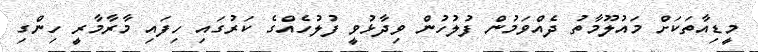
މީޑިއާތަކަށް މައުލޫމާތު ދެއްވަމުން ފުލުހުން ވިދާޅުވީ ފުލުހެއްގެ ކަރުގައި ހިފައި މާރާމާރީ ހިންގި